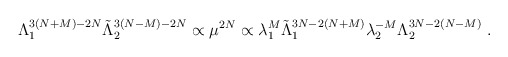
\begin{align*}\Lambda_1^{3(N+M)-2N} \tilde\Lambda_2^{3(N-M)-2N}\propto \mu^{2N}\propto \lambda_1^{M}\tilde\Lambda_1^{3N-2(N+M)} \lambda_2^{-M}\Lambda_2^{3N-2(N-M)} \ .\end{align*}